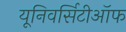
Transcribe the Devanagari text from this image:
यूनिवर्सिटीऑफ